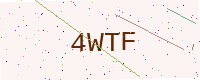
Text: 4WTF